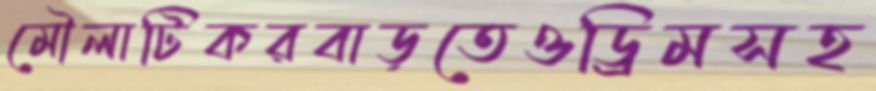
মৌলাটিকরবাড়তেওড্রিমসহ